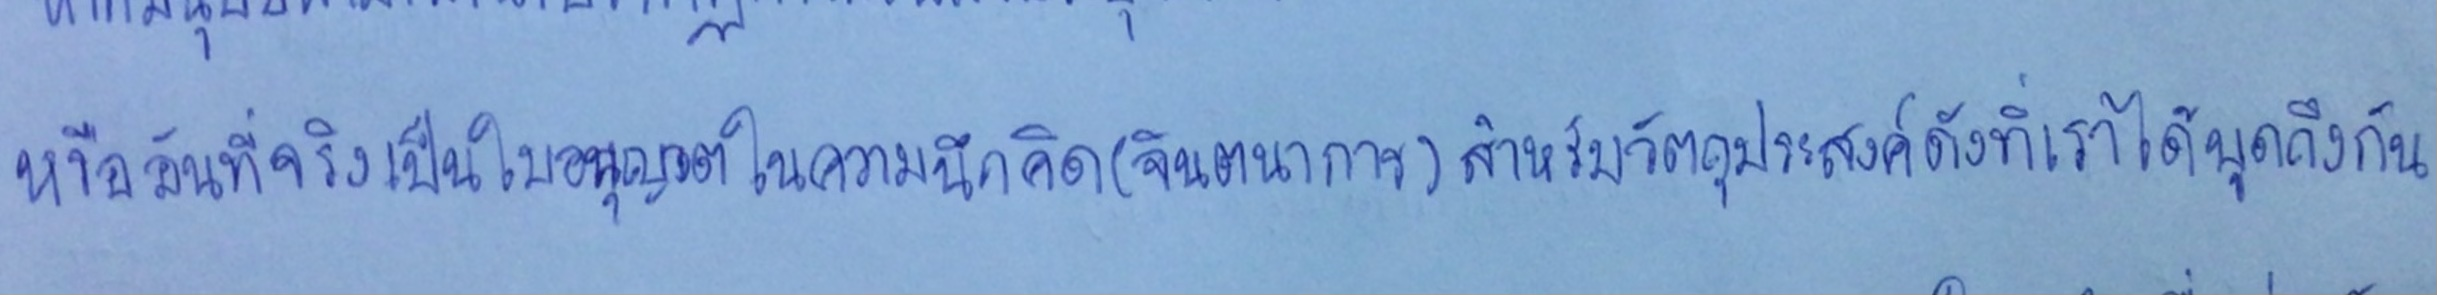
หรืออันที่จริงเป็นใบอนุญาตในความนึกคิด(จินตนาการ)สำหรับวัตถุประสงค์ดังที่เราได้พูดถึงกัน